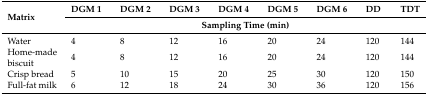
<table><thead><tr><td rowspan="2"><b>Matrix</b></td><td><b>DGM 1</b></td><td><b>DGM 2</b></td><td><b>DGM 3</b></td><td><b>DGM 4</b></td><td><b>DGM 5</b></td><td><b>DGM 6</b></td><td><b>DD</b></td><td><b>TDT</b></td></tr><tr><td colspan="8"><b>Sampling Time (min)</b></td></tr></thead><tbody><tr><td>Water</td><td>4</td><td>8</td><td>12</td><td>16</td><td>20</td><td>24</td><td>120</td><td>144</td></tr><tr><td>Home-made biscuit</td><td>4</td><td>8</td><td>12</td><td>16</td><td>20</td><td>24</td><td>120</td><td>144</td></tr><tr><td>Crisp bread</td><td>5</td><td>10</td><td>15</td><td>20</td><td>25</td><td>30</td><td>120</td><td>150</td></tr><tr><td>Full-fat milk</td><td>6</td><td>12</td><td>18</td><td>24</td><td>30</td><td>36</td><td>120</td><td>156</td></tr></tbody></table>